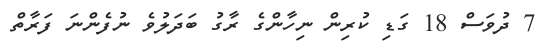
7 ދުވަސް 18 ގަޑި ކުރިން ނިހާންގެ ރާގު ބަދަލުވެ ނުފެންނަ ފަރާތް